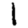
Digit: 1